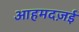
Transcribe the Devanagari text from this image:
आहमदज़ई